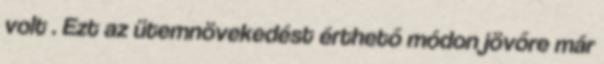
volt . Ezt az ütemnövekedést érthető módon jövőre már